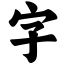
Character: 字